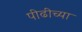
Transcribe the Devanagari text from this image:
पीढीच्या